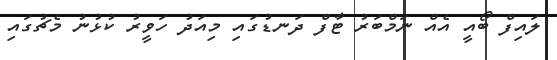
ލައިފް ބޯއީ އެއް ނަމްބަރު ޓާފް ދަނޑުގައި މިއަދު ހަވީރު ކުޅުނު މެޗުގައި